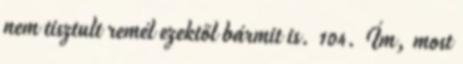
nem tisztult remél ezektől bármit is. 104. Ím, most